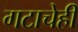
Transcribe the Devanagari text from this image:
गटाचेही